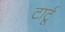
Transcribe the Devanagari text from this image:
टार्टू